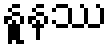
နူနဿ